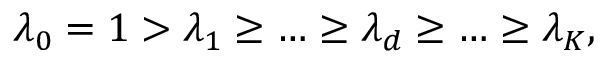
\lambda _ { 0 } = 1 > \lambda _ { 1 } \ge \dots \ge \lambda _ { d } \ge \dots \ge \lambda _ { K } ,